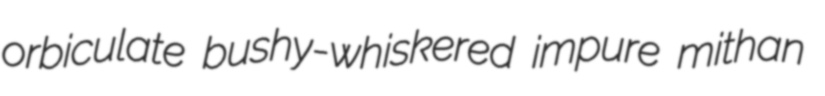
orbiculate bushy-whiskered impure mithan